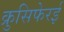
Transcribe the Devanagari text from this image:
क्रुसिफेरई